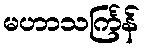
မဟာသင်္ကြန်